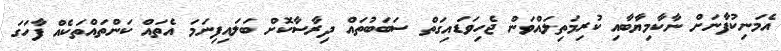
އެމަނިކުފާނަށް ނާކާމިޔާބާއި ކުރިމަތިލައްވަން ޖެހިވަޑައިގަތް ސަބަބުތައް ދިރާސާކޮށް ބަލައިފިނަމަ އެތައް ކަންތައްތަކެއް ފާހަގަ